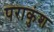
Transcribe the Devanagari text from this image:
पराकुंश